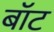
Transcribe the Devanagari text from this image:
बाॅट